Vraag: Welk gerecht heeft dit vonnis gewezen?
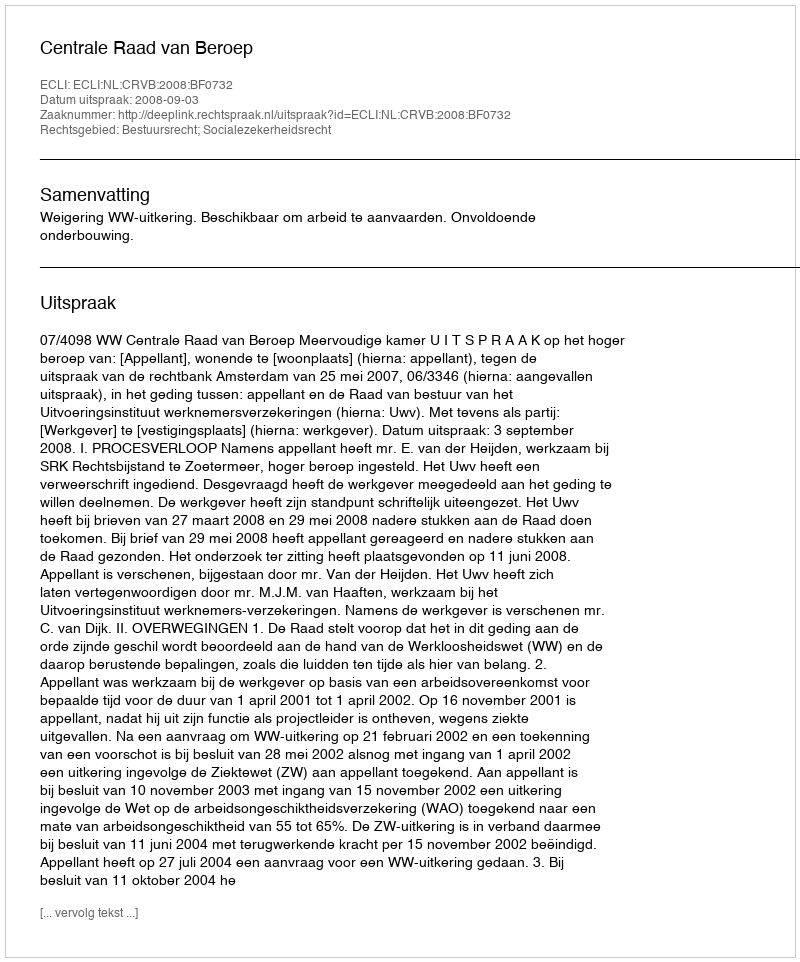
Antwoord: Centrale Raad van Beroep